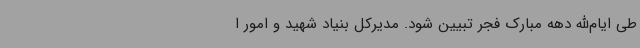
طی ایام‌الله دهه‌ مبارک فجر تبیین شود. مدیرکل بنیاد شهید و امور ا